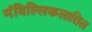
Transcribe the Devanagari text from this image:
मंबिल्लिकलातिल